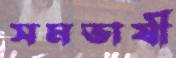
সমভাষী